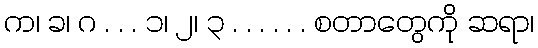
က၊ ခ၊ ဂ . . . ၁၊ ၂၊ ၃ . . . . . . စတာတွေကို ဆရာ၊